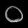
Digit: ၀